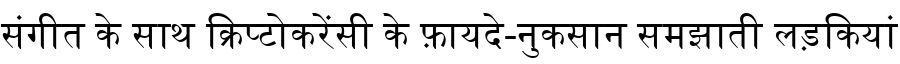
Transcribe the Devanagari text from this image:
संगीत के साथ क्रिप्टोकरेंसी के फ़ायदे-नुकसान समझाती लड़कियां